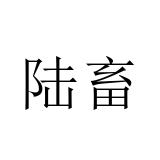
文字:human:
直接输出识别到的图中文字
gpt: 陆畜